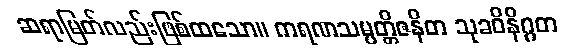
ဆရာမြတ်လည်းဖြစ်ထသော။ ကရဏသမ္ပတ္တိဇနိတ သုခဝိနိဂ္ဂတ